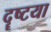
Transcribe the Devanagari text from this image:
दॄष्टया